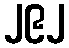
၂၉၂